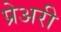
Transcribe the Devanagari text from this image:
प्रेअरी